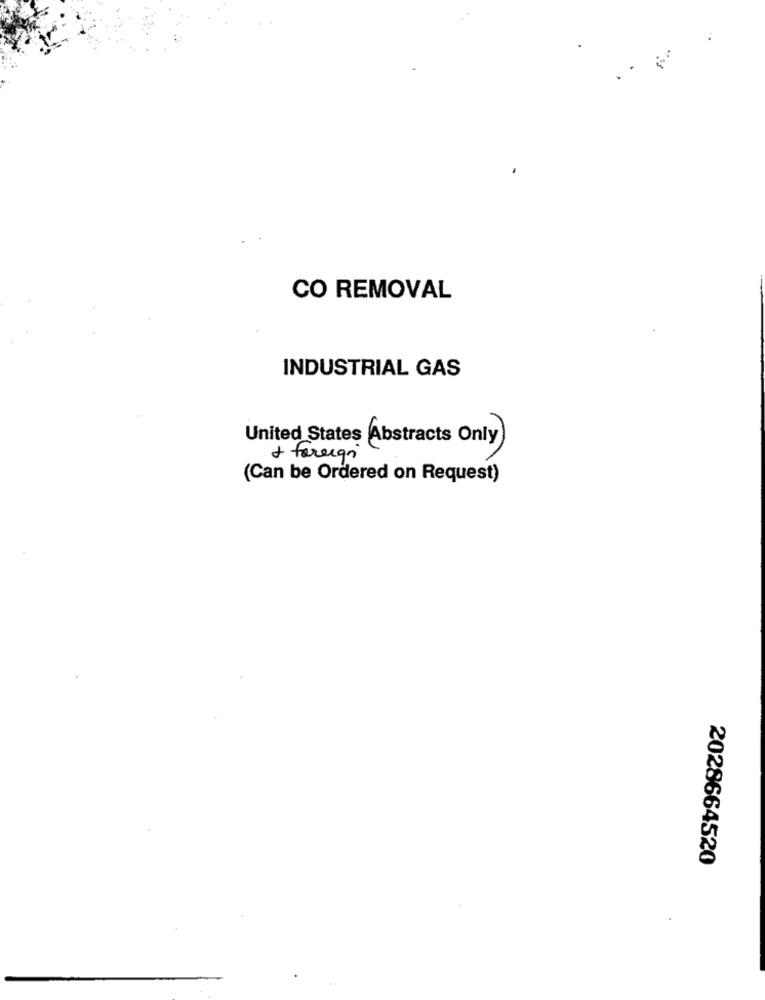
CO REMOVAL
INDUSTRIAL GAS
United States Abstracts Only
+ foreign
(Can be Ordered on Request)
2028664520